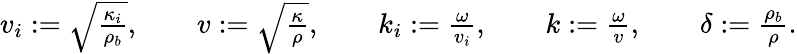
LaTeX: \begin{array}{r}{v_{i}:=\sqrt{\frac{\kappa_{i}}{\rho_{b}}},\qquad v:=\sqrt{\frac{\kappa}{\rho}},\qquad k_{i}:=\frac{\omega}{v_{i}},\qquad k:=\frac{\omega}{v},\qquad\delta:=\frac{\rho_{b}}{\rho}.}\end{array}